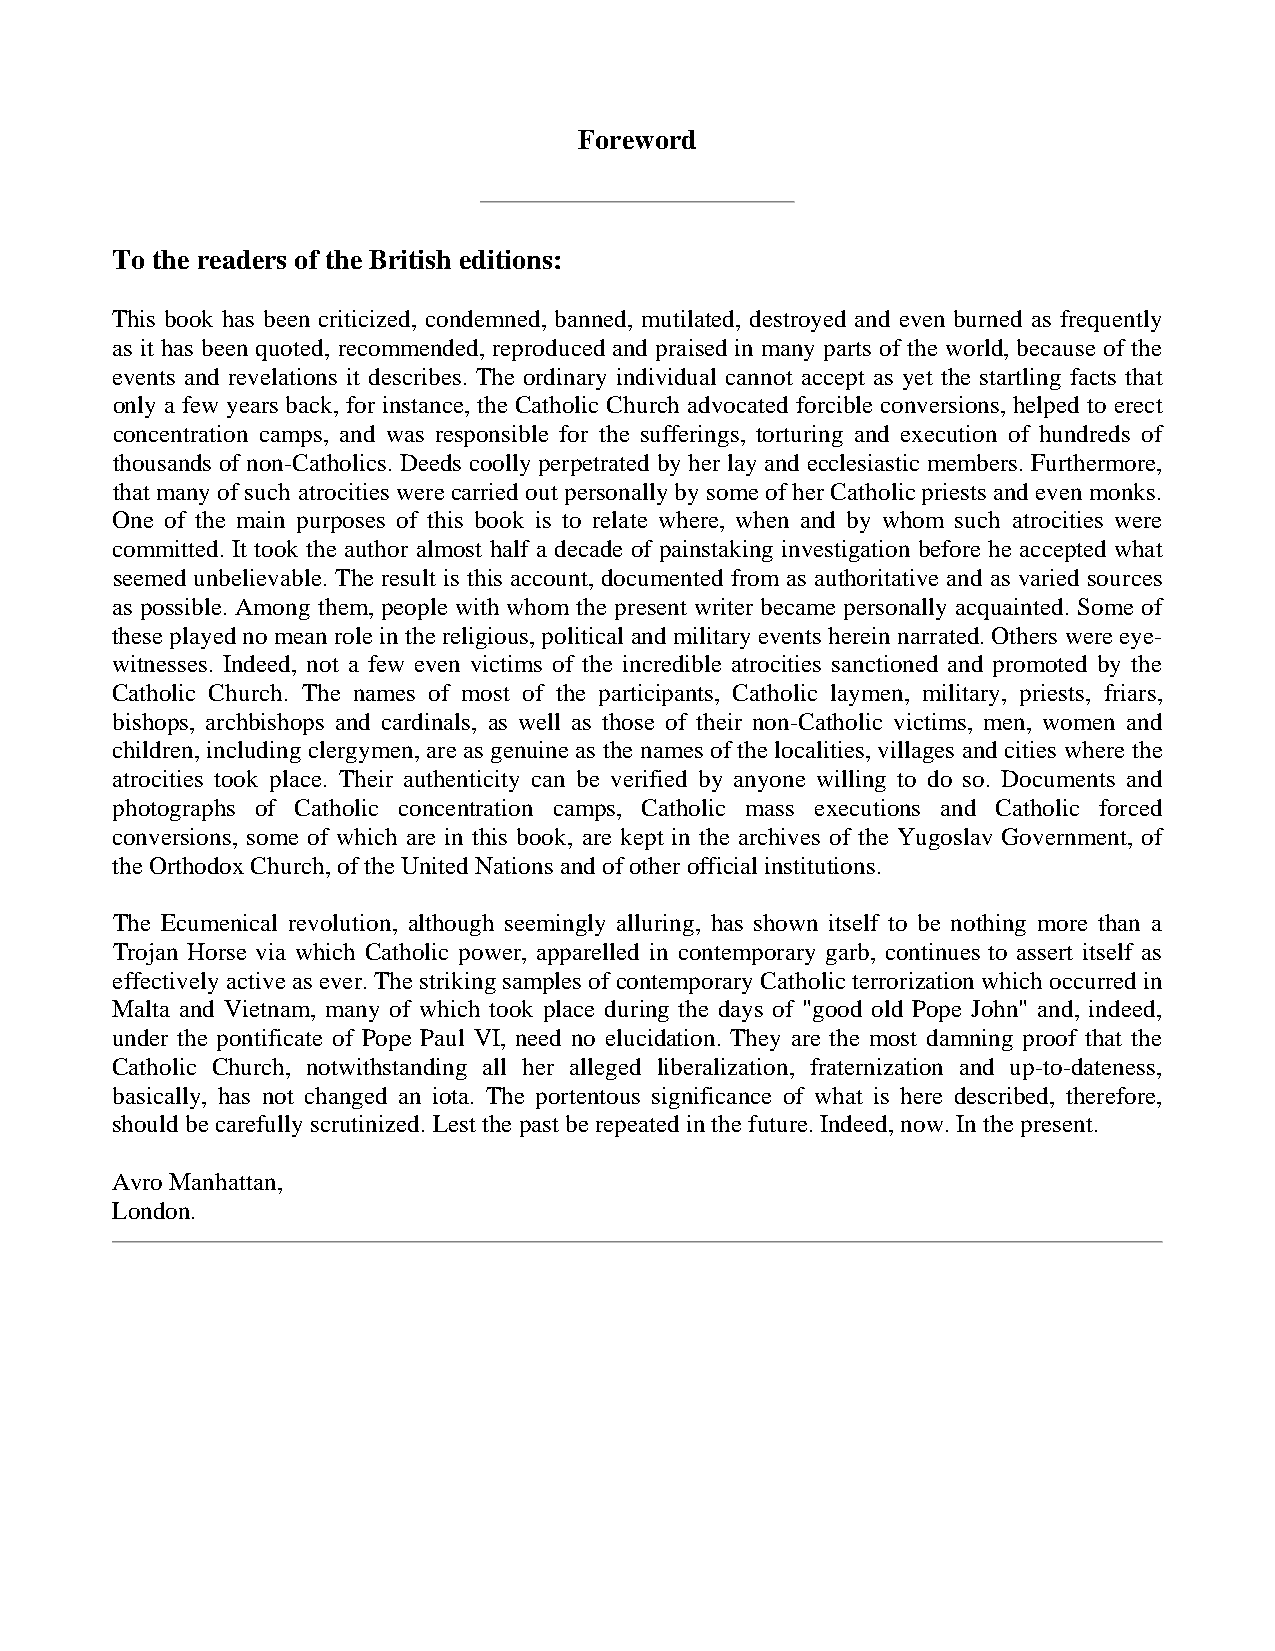
Foreword
 To the readers of the British editions:
 This book has been criticized, condemned, banned, mutilated, destroyed and even burned as frequently
 as it has been quoted, recommended, reproduced and praised in many parts of the world, because of the
 events and revelations it describes. The ordinary individual cannot accept as yet the startling facts that
 only a few years back, for instance, the Catholic Church advocated forcible conversions, helped to erect
 concentration camps, and was responsible for the sufferings, torturing and execution of hundreds of
 thousands of non-Catholics. Deeds coolly perpetrated by her lay and ecclesiastic members. Furthermore,
 that many of such atrocities were carried out personally by some of her Catholic priests and even monks.
 One of the main purposes of this book is to relate where, when and by whom such atrocities were
 committed. It took the author almost half a decade of painstaking investigation before he accepted what
 seemed unbelievable. The result is this account, documented from as authoritative and as varied sources
 as possible. Among them, people with whom the present writer became personally acquainted. Some of
 these played no mean role in the religious, political and military events herein narrated. Others were eye-
 witnesses. Indeed, not a few even victims of the incredible atrocities sanctioned and promoted by the
 Catholic Church. The names of most of the participants, Catholic laymen, military, priests, friars,
 bishops, archbishops and cardinals, as well as those of their non-Catholic victims, men, women and
 children, including clergymen, are as genuine as the names of the localities, villages and cities where the
 atrocities took place. Their authenticity can be verified by anyone willing to do so. Documents and
 photographs of Catholic concentration camps, Catholic mass executions and Catholic forced
 conversions, some of which are in this book, are kept in the archives of the Yugoslav Government, of
 the Orthodox Church, of the United Nations and of other official institutions.
 The Ecumenical revolution, although seemingly alluring, has shown itself to be nothing more than a
 Trojan Horse via which Catholic power, apparelled in contemporary garb, continues to assert itself as
 effectively active as ever. The striking samples of contemporary Catholic terrorization which occurred in
 Malta and Vietnam, many of which took place during the days of "good old Pope John" and, indeed,
 under the pontificate of Pope Paul VI, need no elucidation. They are the most damning proof that the
 Catholic Church, notwithstanding all her alleged liberalization, fraternization and up-to-dateness,
 basically, has not changed an iota. The portentous significance of what is here described, therefore,
 should be carefully scrutinized. Lest the past be repeated in the future. Indeed, now. In the present.
 Avro Manhattan,
 London.